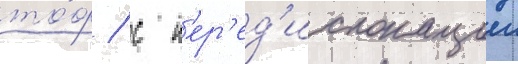
то́ф / с п'ер'ед'ислокациеи